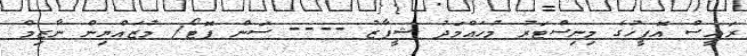
ރައީސް އޮފީހުގެ މިނިސްޓަރު މުހައްމަދު ޝީފާޒު ---- ސަން ފޮޓޯ/ މުޒައްޔިން ނާޒިމް